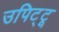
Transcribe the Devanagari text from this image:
उपिट्टू